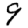
Digit: 9